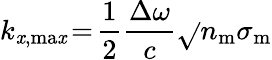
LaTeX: k_{\mathit{x},\mathrm{{ma\mathit{x}}}}\! =\! \frac{{1}}{{2}}\frac{{\Delta\omega}}{{c}}\sqrt{}{{n_{\mathrm{{m}}}\sigma_{\mathrm{{m}}}}}